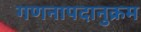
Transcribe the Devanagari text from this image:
गणनापदानुक्रम